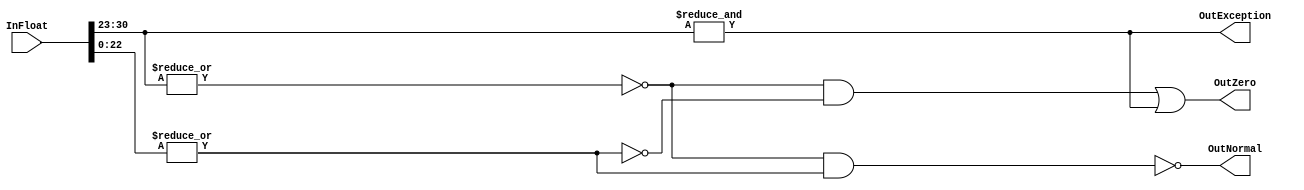
`timescale 1ns / 1ps
//-----------------------------------------------------------------------------
// Project      : Arizona Float<->Fixed Hardware Library (AFFHL)
//
//
// Module Name  : SpecialCases
//
// Description  : Detects the occurence of special case floating point 
//                representations like positive and negative zero, positive and
//                negative infinity, Not a number and Denormalized numbers
//
// Date modified: 11.14.2008
//-----------------------------------------------------------------------------

module SpecialCases (
    InFloat,
    OutException,
    OutZero,
    OutNormal
    );
  
    //-------------------------------------------------------------------------
    //                     Parameter Definitions
    //-------------------------------------------------------------------------
    // Width of floating point output
    parameter FLOATSIZE         = 32;
    
    // Width of OutFixed point input
    parameter FIXEDSIZE         = 32;
    
    // Width needed to represent radix point
    parameter RADIXPOINTSIZE    = 6;
    
    // Number of bits used to represent the exponent
    parameter EXPONENTBITS      = 8;
    
    // Number of bits used to represent the mantissa
    parameter MANTISSABITS      = 23;

    //-------------------------------------------------------------------------
    //                     Port Definitions
    //-------------------------------------------------------------------------

    // Floating point input
    input [(FLOATSIZE-1):0] InFloat;
    
    // Output flag indicating that the floating point input is normalized
    output reg OutNormal;
    
    // Output flag indicating the occurence of an exception
    output reg OutException;
    
    // Output flag indicating the occurence of a positive or negative zero
    output reg OutZero;

    //-------------------------------------------------------------------------
    //                     Internal Signals (wire & reg) declaration
    //-------------------------------------------------------------------------
    wire [EXPONENTBITS-1:0] Exponent;
    wire [MANTISSABITS-1:0] Mantissa;

    //-------------------------------------------------------------------------
    //                     Assignments and Statement Blocks
    //-------------------------------------------------------------------------

    assign Exponent = InFloat[FLOATSIZE-2:MANTISSABITS];
    assign Mantissa = InFloat[MANTISSABITS-1:0];

    always @ (Exponent, Mantissa)
    begin
        // Input is zero if all bits are zero
        // Zero is also asserted in case of infinity and Not a Number so that
        // the output can be propogated as zero
        // In case of Infinity, the exponent component is set to all 1s
        // and mantissa is set to zero
        // In case of NaN, the exponent component is all 1s but mantissa
        // is a non-zero value
        OutZero      <= ( |Exponent == 1'b0 && |Mantissa == 1'b0 ) || &Exponent;
        
        // Input is denormalized if all bits of exponent are zero but
        // mantissa is not zero. Normalized number by taking inverse of the
        // check for denormalized number
        OutNormal    <= ~( |Exponent == 1'b0 && |Mantissa == 1'b1 );
        
        // Exception is asserted in case of infinity (positive and negative)
        // and also in case of Not a Number (NaN). Both of them have the common
        // property of the exponent being set to all 1s
        OutException <= &Exponent;
    end

endmodule